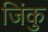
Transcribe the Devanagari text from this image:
जिंकु